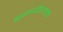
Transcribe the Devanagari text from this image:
बजाजीरावांचे